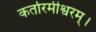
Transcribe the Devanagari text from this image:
कर्तारमीश्वरम्।